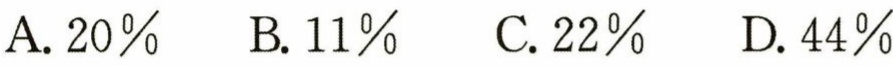
A. \(20\%\)  B. \(11\%\)  C. \(22\%\)  D. \(44\%\)